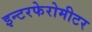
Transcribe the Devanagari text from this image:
इन्टरफेरोमीटर